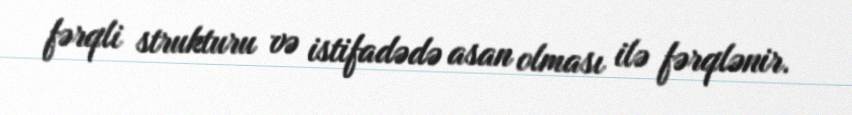
fərqli strukturu və istifadədə asan olması ilə fərqlənir.